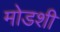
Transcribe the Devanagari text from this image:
मोडशी